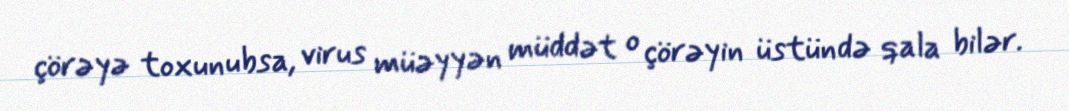
çörəyə toxunubsa, virus müəyyən müddət o çörəyin üstündə qala bilər.